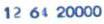
12 64 20000